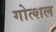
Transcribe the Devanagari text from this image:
गोत्शल